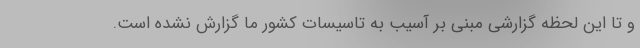
و تا این لحظه گزارشی مبنی بر آسیب به تاسیسات کشور ما گزارش نشده است.